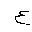
Letter: _ayn